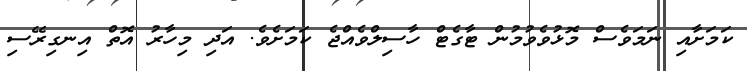
ކަމަށާއި ނަމަވެސް މޮޅުވެވުމުން ޓާގެޓް ހާސިލްވެއްޖެ ކަމަށެވެ. އަދި މިހާރު އޮތް އިނގިރޭސި